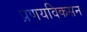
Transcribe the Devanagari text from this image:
प्रणयविकसन